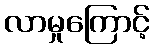
လာမှုကြောင့်